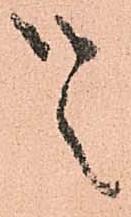
候